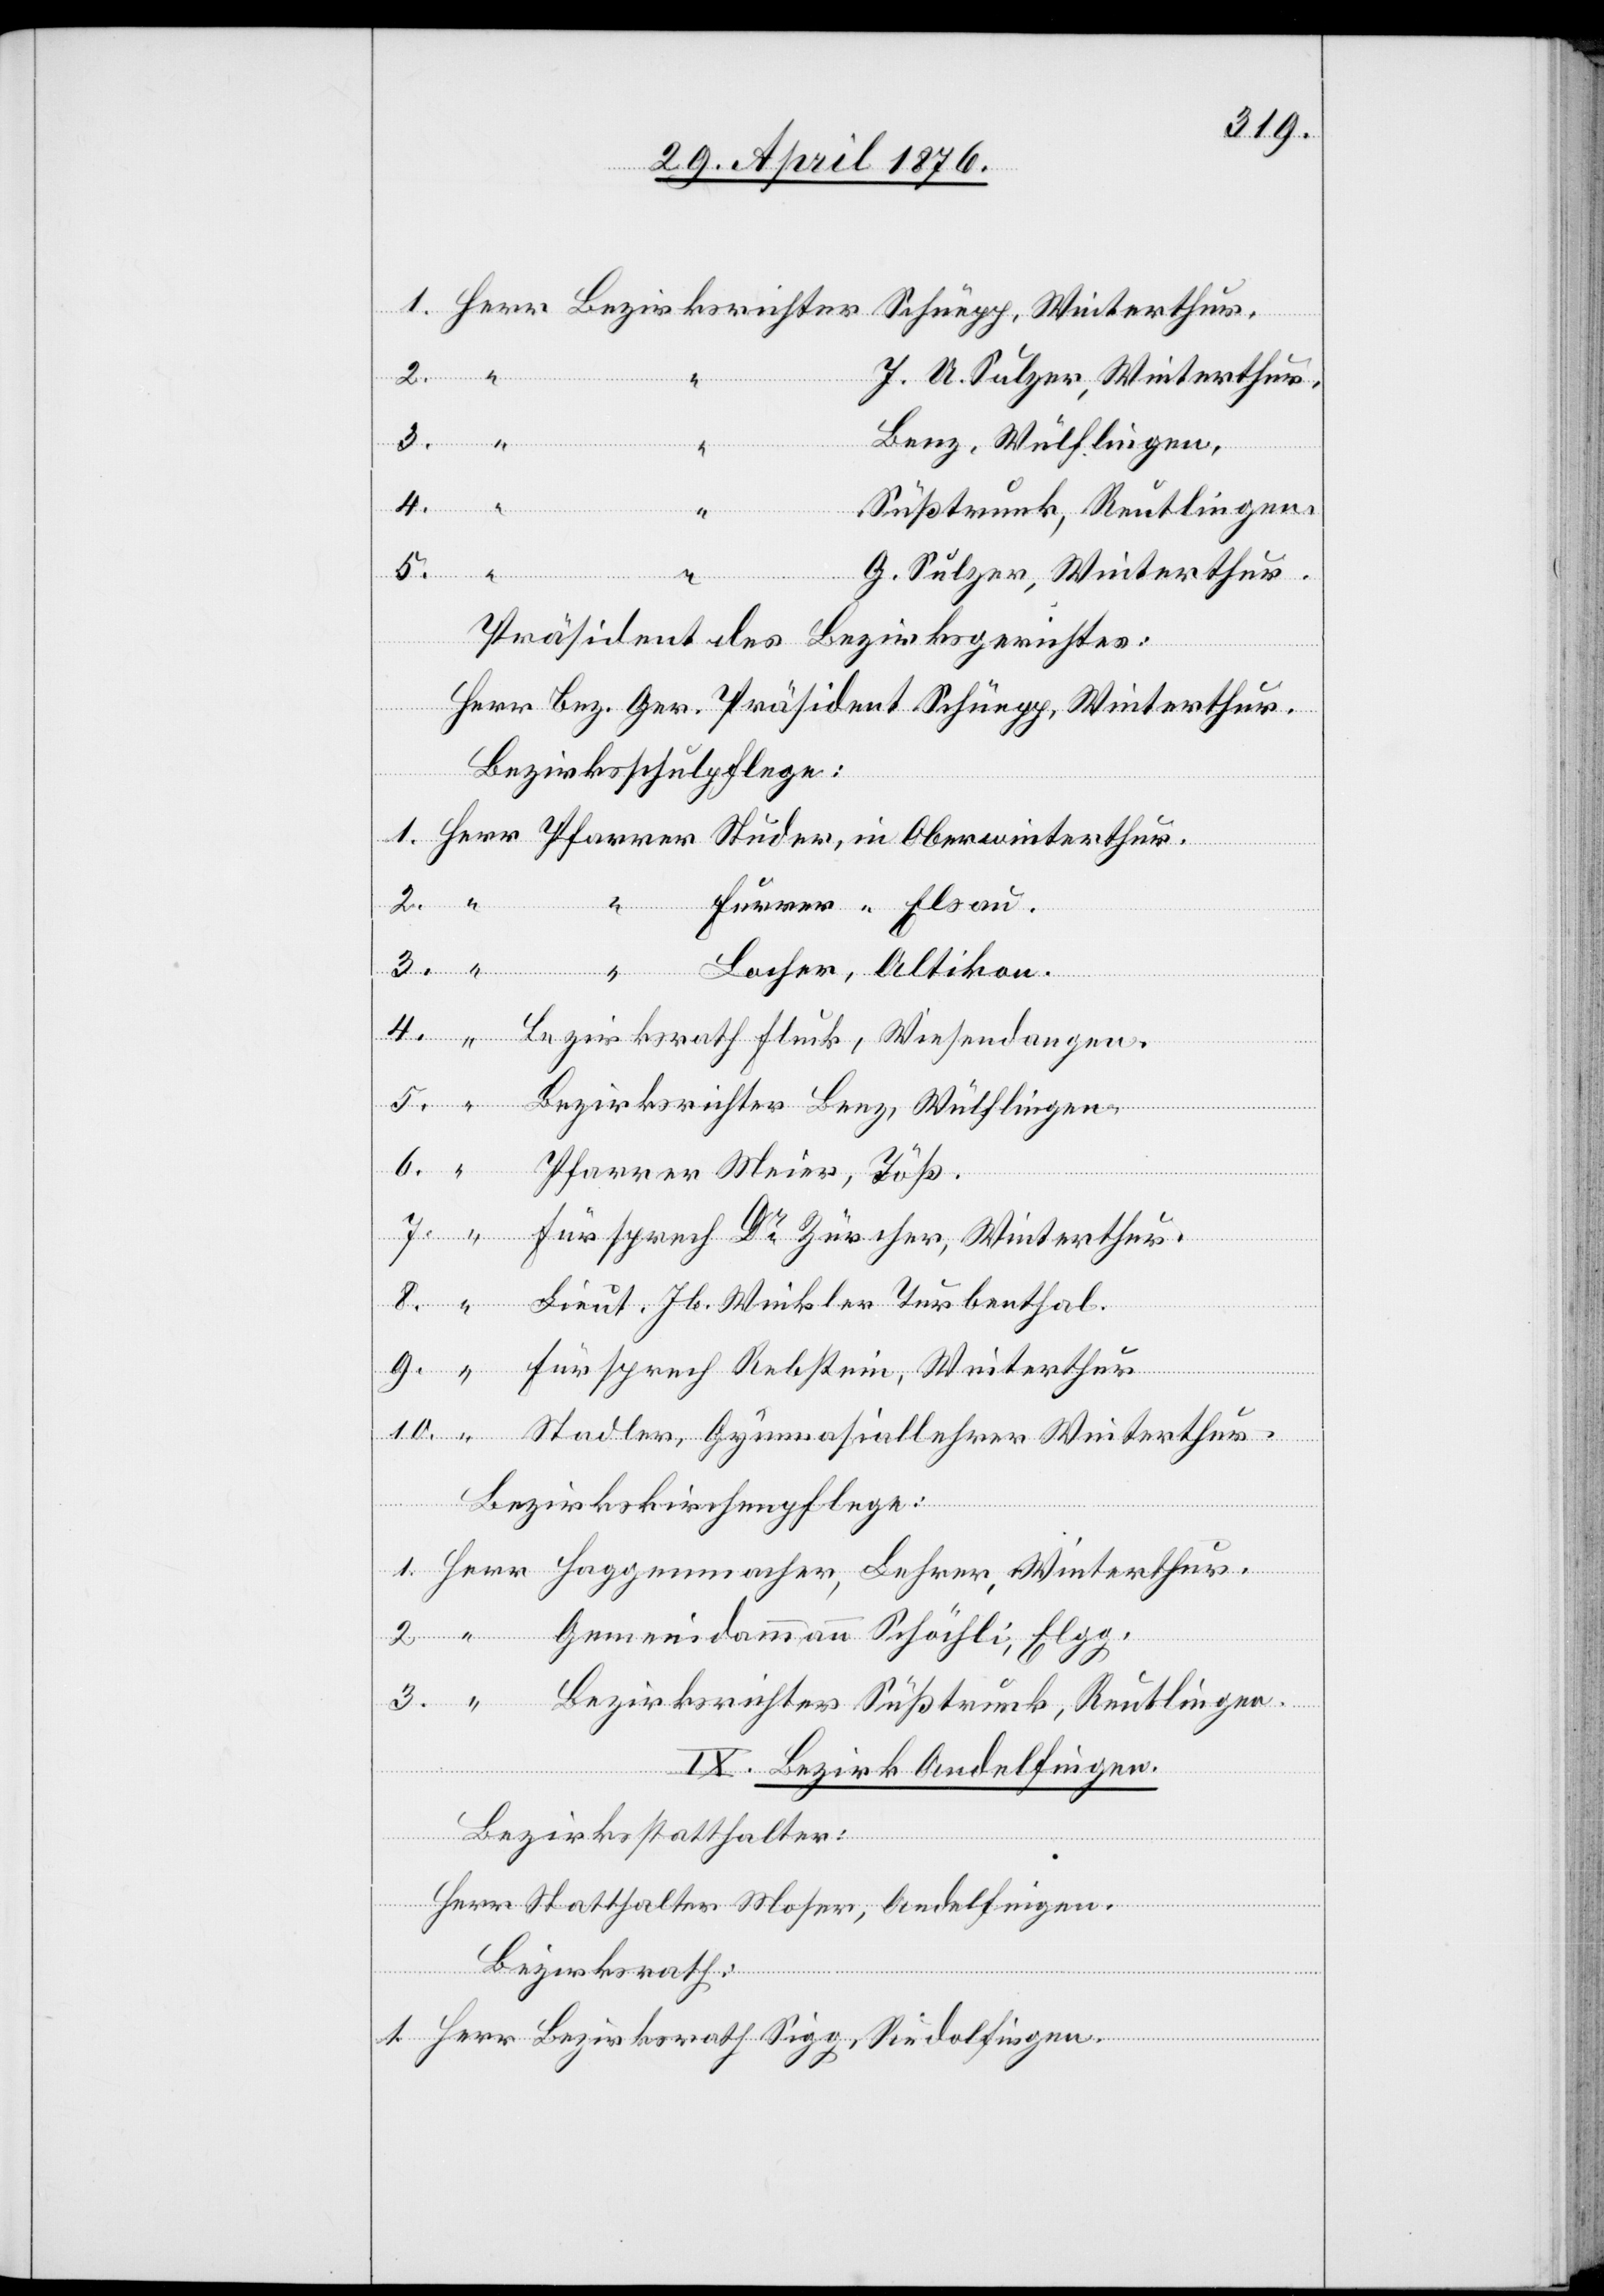
acher
“
Herr
dolfingen.
J. A. Sulzer, Winterthur.
Lanz, Wülflingen.
Meier,
Ru¬
Süßtrunk, Reutlingen.
Winterthur.
G. Sulzer, Winterthur.
3.
“
Lieut.
Präsident des Bezirksgerichtes:
Herr Bez. Ger. Präsident Schüepp, Winterthur.
Bezirksschulpflege:
1.
Stadler, Gymnasiallehrer Winterthur.
Bezirkskirchenpflege:
IX. Bezirk Andelfingen.
Bezirksstatthalter:
Herr Statthalter Moser, Andelfingen.
Bezirksrath